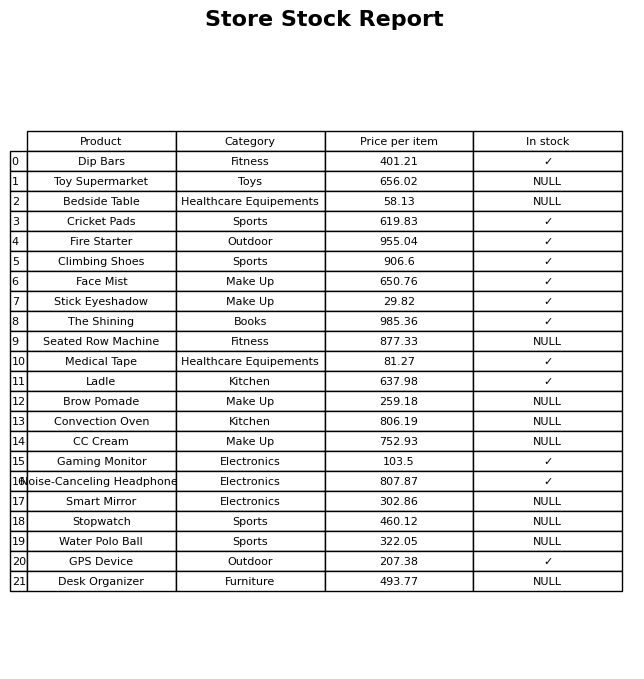
question: What category does the Face Mist belong to?
answer: Make Up